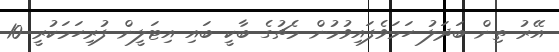
އޭރު ތިން ބަދަލު ހަމަވެފައިވުމުން މެޗުގެ ބާކީ ބައި އިޓަލީން ފުރިހަމަކުރީ 10